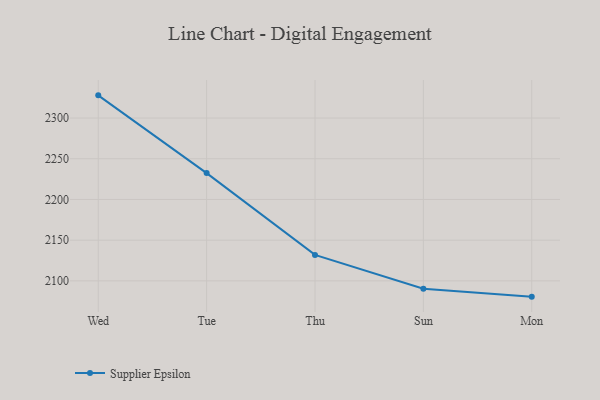
{"axis": {"x": "Day", "y": "Market Share (%)"}, "legend": ["Supplier Epsilon"], "data": [{"x": "Wed", "y": 2327.9, "type": "Supplier Epsilon"}, {"x": "Tue", "y": 2232.4, "type": "Supplier Epsilon"}, {"x": "Thu", "y": 2131.9, "type": "Supplier Epsilon"}, {"x": "Sun", "y": 2090.4, "type": "Supplier Epsilon"}, {"x": "Mon", "y": 2080.6, "type": "Supplier Epsilon"}]}